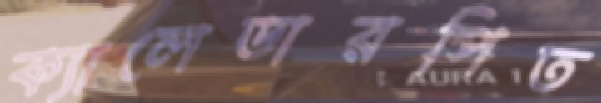
ক্যালেডারপিত